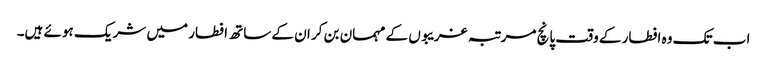
اب تک وہ افطار کے وقت پانچ مرتبہ غریبوں کے مہمان بن کر ان کے ساتھ افطار میں شریک ہوئے ہیں۔